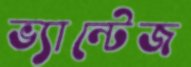
ভ্যান্টেজ